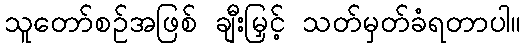
သူတော်စဉ်အဖြစ် ချီးမြှင့် သတ်မှတ်ခံရတာပါ။